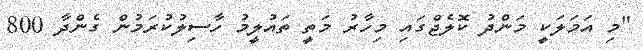
"މި އަމަލަަކީ މަންދު ކޮލެޖްގައި މިހާރު މަތީ ތައުލީމު ހާސިލުކުރަމުން ގެންދާ 800